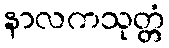
နာလကသုတ္တံ